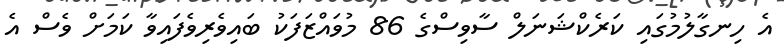
އެ ހިނގާލުމުގައި ކަރެކްޝަނަލް ސާވިސްގެ 86 މުވައްޒަފަކު ބައިވެރިވެފައިވާ ކަމަށް ވެސް އެ